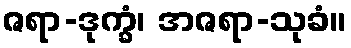
ဇရာ-ဒုက္ခံ၊ အဇရာ-သုခံ။